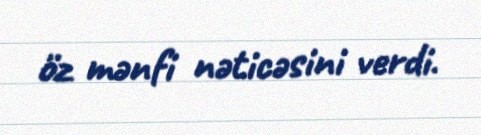
öz mənfi nəticəsini verdi.